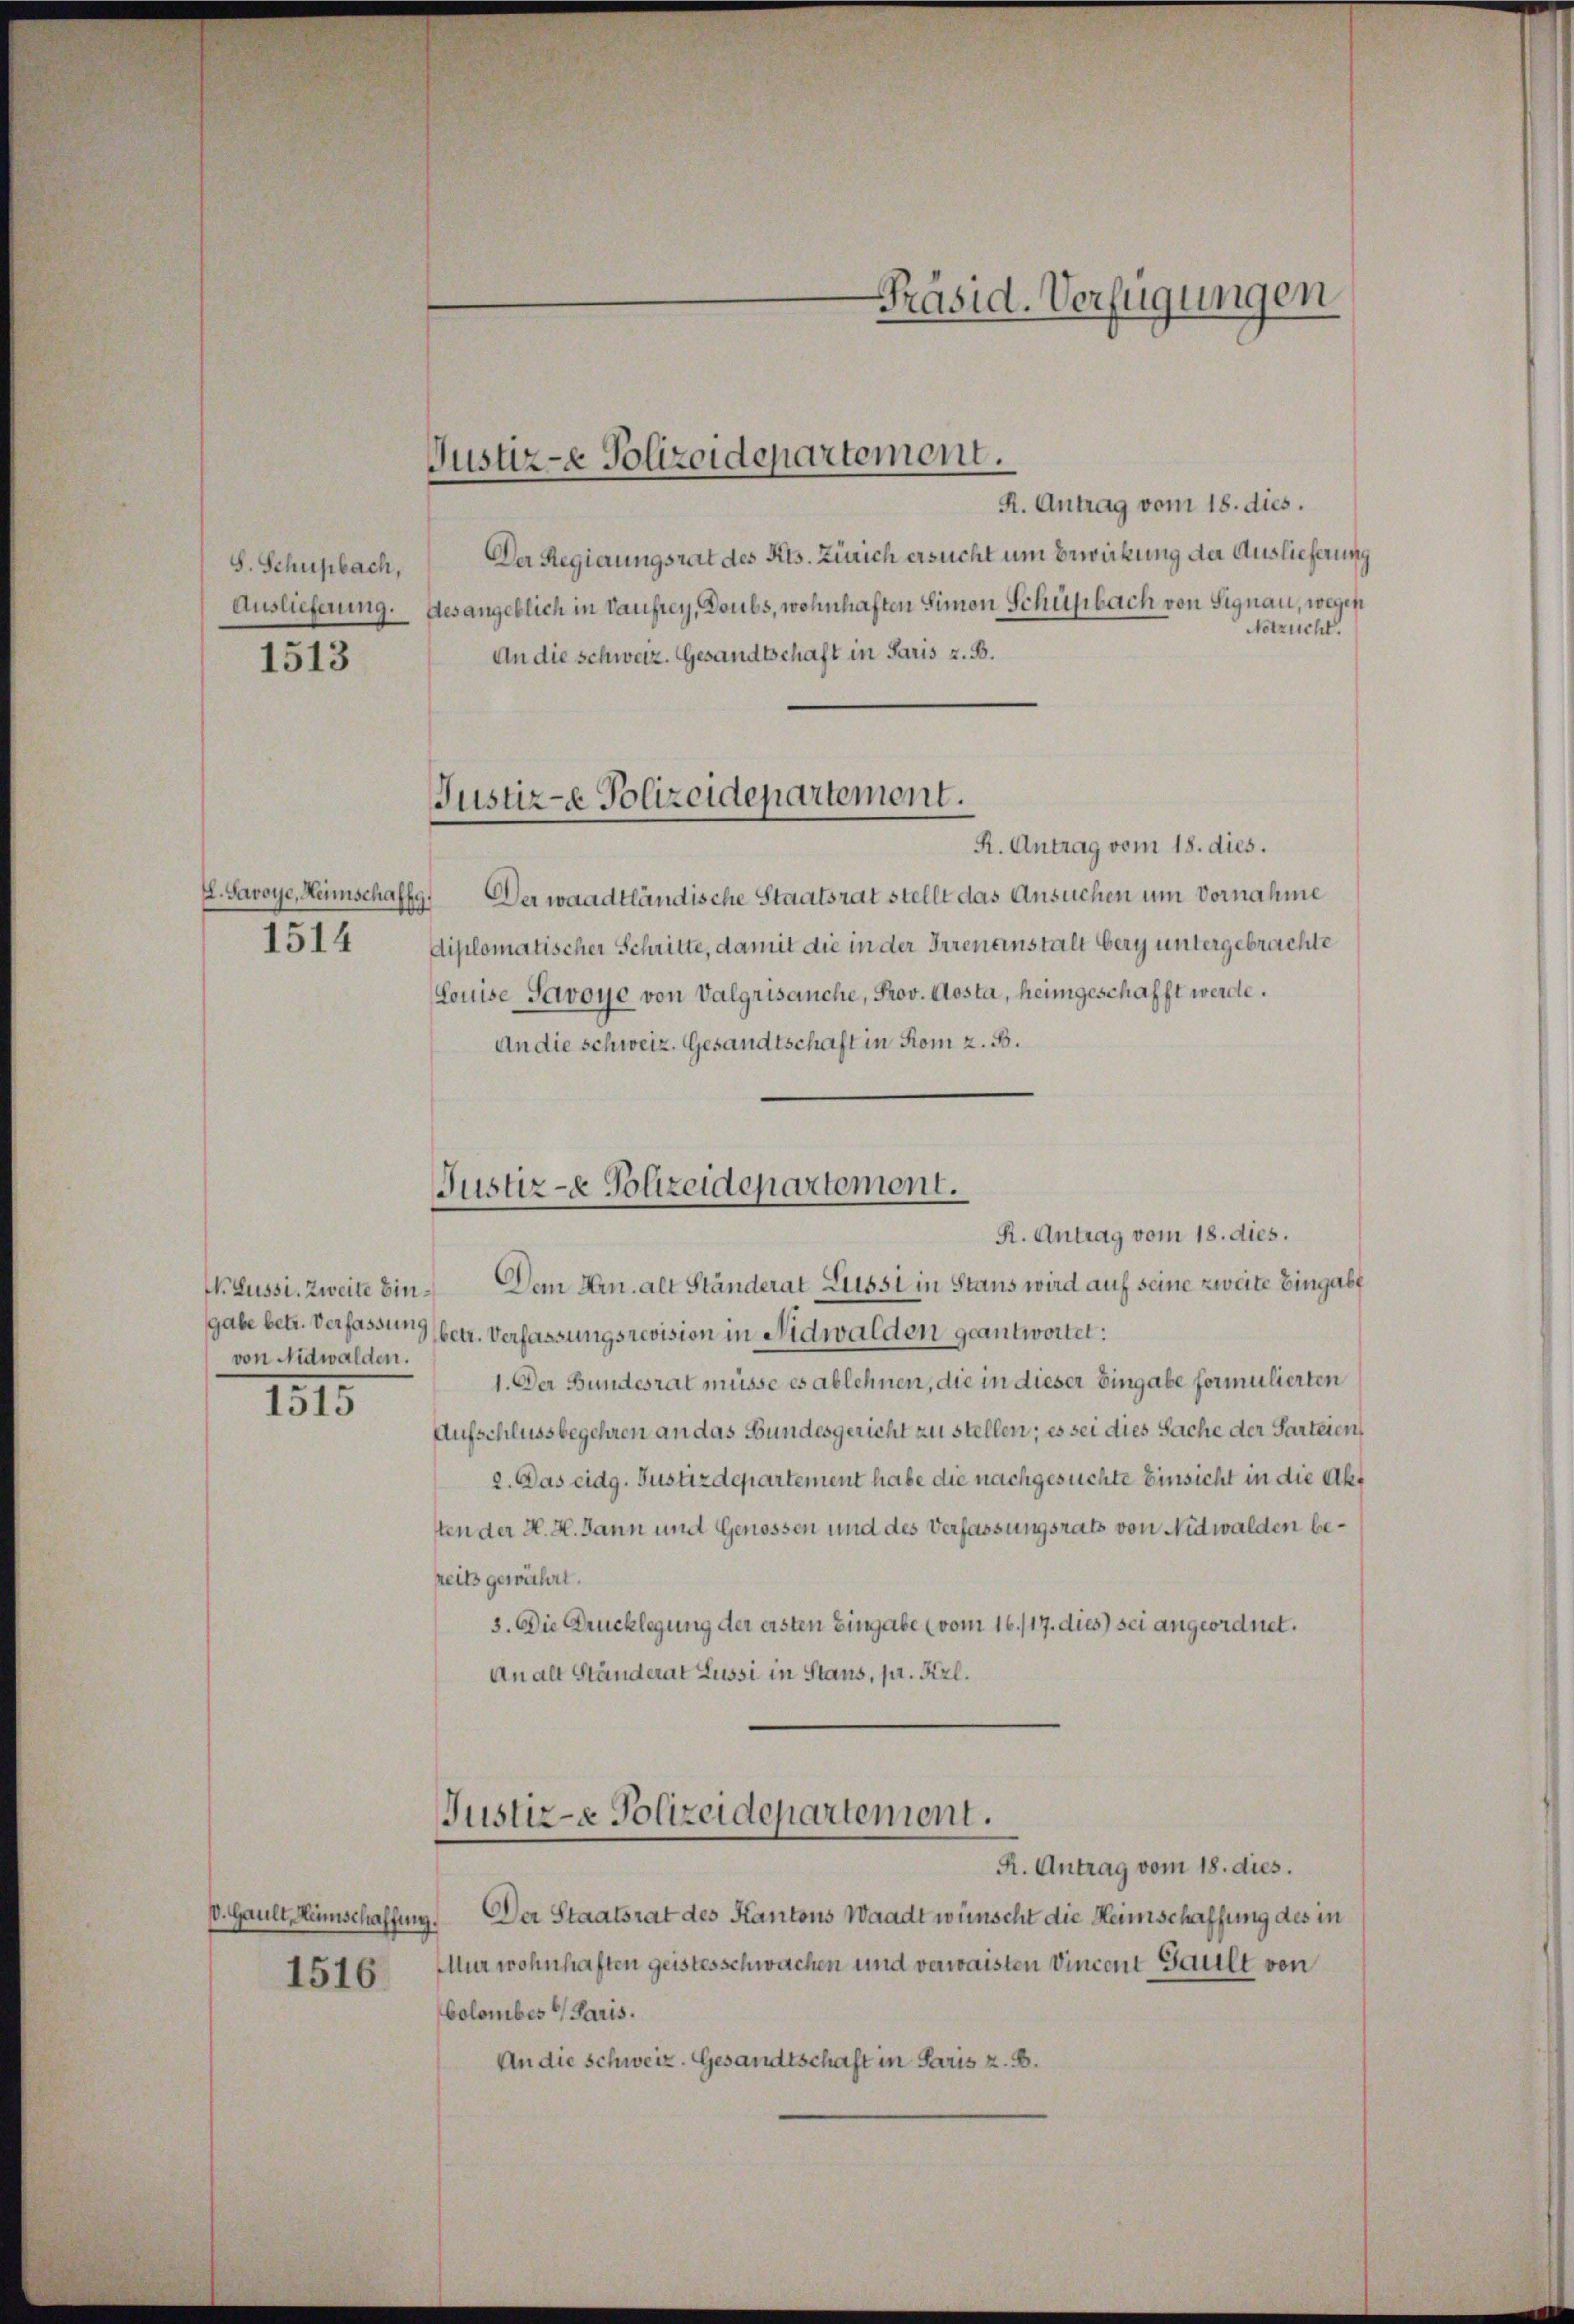
S. Schupbach,

1513

G. Savoye, Heimschaffg
1514

Nr Lussi. Zweite Eingabe betr. Verfassung
von Nidwalden.
11

V. Gault, Hinschaffung.
1516.

Justiz-e Polizeidepartement.

R. Antrag vom 18. dies.
Der Regierungsrat des Kts. Zürich ersucht um Erwirkung der Auslieferung
Auslieferung. des angeblich in Vaufrey, Doubs, wohnhaften Simon Schulbach von Signau, wegen
Notzucht.
An die Schweiz. Gesandtschaft in Paris z. B.
Justiz-e Polizeidepartement.
R. Antrag vom 18. dies.
Der waadtländische Staatsrat stellt das Ansuchen um Vornahme
d
diplomatischer Schritte, damit die in der Irrenanstalt bery untergebrachte
Louise Savoye von Valgrisanche, Prov. Aosta, heimgeschafft werde.
An die schweiz. Gesandtschaft in Rom z. B.

Justiz-e Polizeidepartement.
R. Antrag vom 18. dies.

e
Präsid. Verfügungen

Dem Hrn. alt Ständerat Lussi in Stans wird auf seine zweite Eingabe
betr. Verfassungsrevision in Nidwalden geantwortet:
1. Der Bundesrat müsse es ablehnen, die in dieser Eingabe formulierten
Aufschlussbegehren an das Bundesgericht zu stellen; es sei dies Sache der Parteien
2. Das eidg. Justizdepartement habe die nachgesuchte Einsicht in die Akt
sten der H. H. Dann und Genossen und des Verfassungsrats von Nidwalden bepeits gewährt.
3. Die Drucklegung der ersten Eingabe (vom 16./17. dies) sei angeordnet.
An alt Ständerat Lussi in Stans, pr. Frl.

Justiz-e Polizeidepartement.
R. Antrag vom 18. dies.

Der Staatsrat des Kantons Waadt wünscht die Heimschaffung des in
Mur wohnhaften geistesschwachen und verwaisten Vincent Gault von
Colomber Paris.
An die Schweiz. Gesandtschaft in Paris z. B.